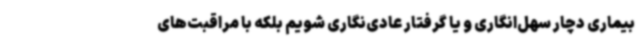
بیماری دچار سهل‌انگاری و یا گرفتار عادی‌نگاری شویم بلکه با مراقبت‌های